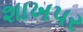
શાખપર